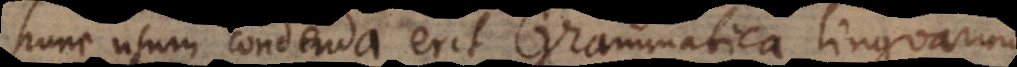
hunc usum condenda erit Grammatica linguarum